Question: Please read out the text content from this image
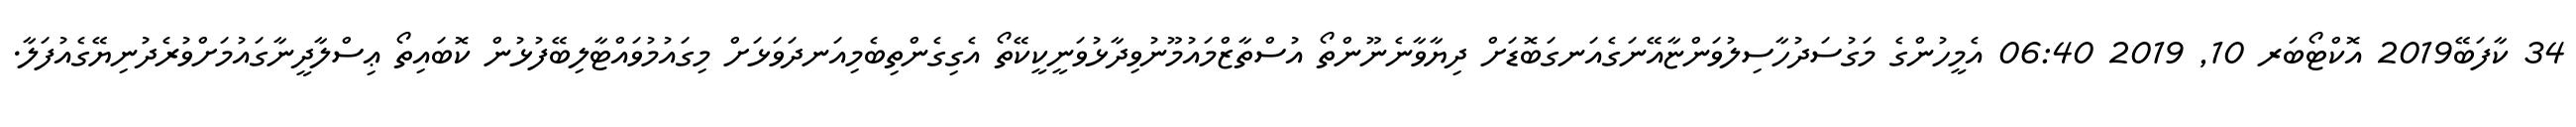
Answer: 34 ކާފަބޭ2019 އޮކްޓޯބަރ 10, 2019 06:40 އެމީހުންގެ މަގުސަދުހާސިލުވަންޏާއޭނަގެއަނގަބޮޑަށް ދިޔާވާނެނޫންތޯ އުސްތާޒްމައުމޫނުވިދާޅުވަނީކީކޭތޯ އެގިގެންތިބެމިއަނދަވަޅަށް މިގައުމުވައްޓާލިބޭފުޅުން ކޮބައިތޯ ޢިސްލާދީނާގައުމަށްވުރެދުނިޔޭގެއުފަލާ.